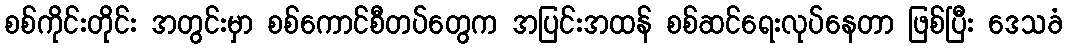
စစ်ကိုင်းတိုင်း အတွင်းမှာ စစ်ကောင်စီတပ်တွေက အပြင်းအထန် စစ်ဆင်ရေးလုပ်နေတာ ဖြစ်ပြီး ဒေသခံ